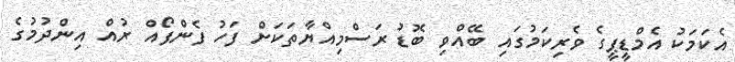
އެކަމަކު އެމްޑީޕީގެ ވެރިކަމުގައި ބޭއްވި ބޮޑު ރަސްމިއްޔާތަކަށް ފަހު ފެންފޯއް ރުއް އިންދުމުގެ